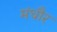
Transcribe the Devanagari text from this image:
मंधौर